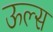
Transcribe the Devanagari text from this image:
ऊल्स